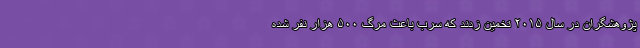
پژوهشگران در سال ۲۰۱۵ تخمین زدند که سرب باعث مرگ ۵۰۰ هزار نفر شده